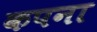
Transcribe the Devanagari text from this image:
कपना